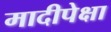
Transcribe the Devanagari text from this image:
मादीपेक्षा